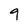
Character: 9